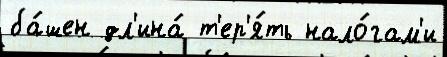
ба́шен дл'ина́ т'ер'я́ть нало́гам'и